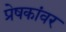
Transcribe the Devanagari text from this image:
प्रेषकांवर